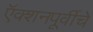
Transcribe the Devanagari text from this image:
ऍक्शनपूर्वीचे